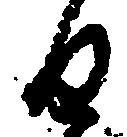
日